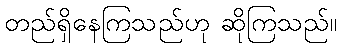
တည်ရှိနေကြသည်ဟု ဆိုကြသည်။